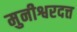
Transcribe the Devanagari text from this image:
मुनीश्वरदत्त